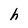
Character: h